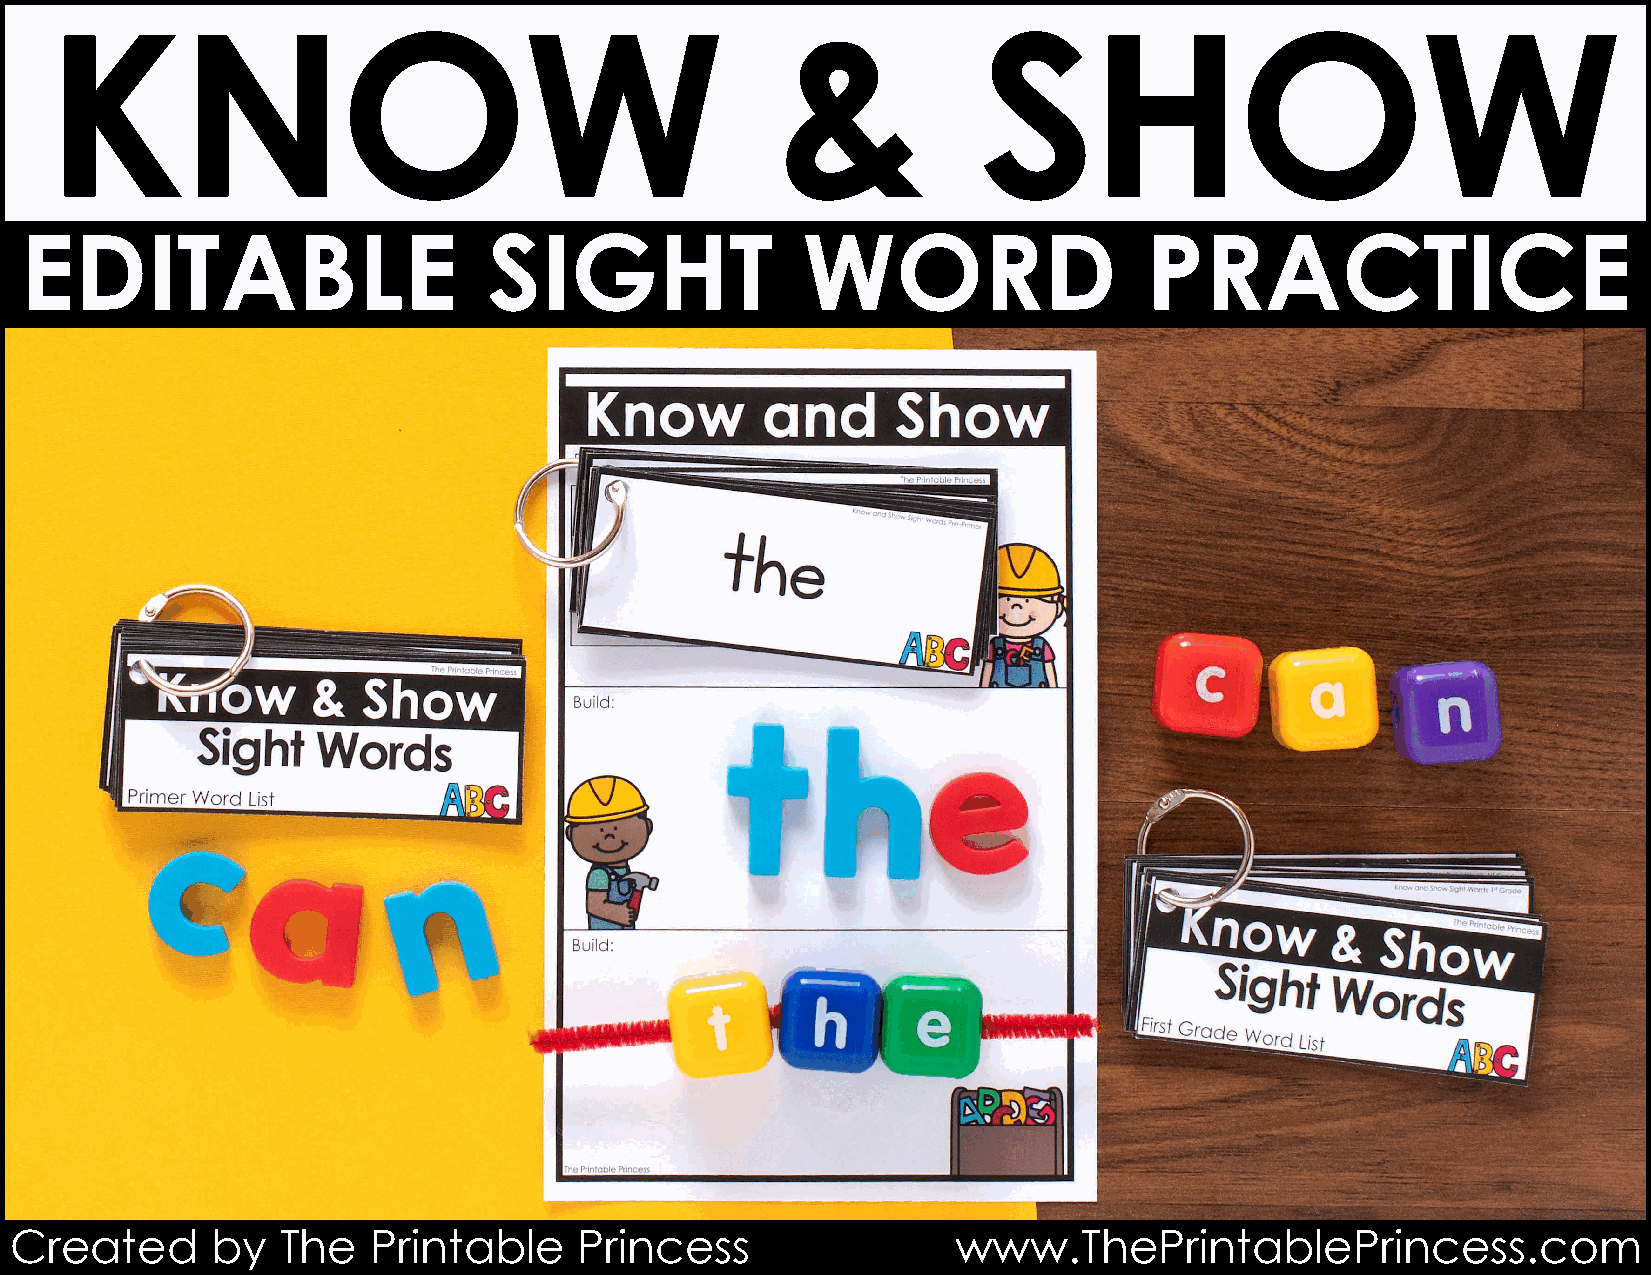
KNOW                                            &             SHOW
 EDITABLE                       SIGHT                WORD                   PRACTICE
 Created      by   The   Printable    Princess                 www.ThePrintablePrincess.com